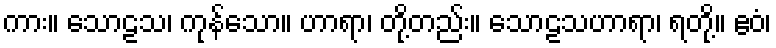
ကား။ သောဠသ၊ ကုန်သော။ ဟာရာ၊ တို့တည်း။ သောဠသဟာရာ၊ ရတို့။ ဧဝံ၊